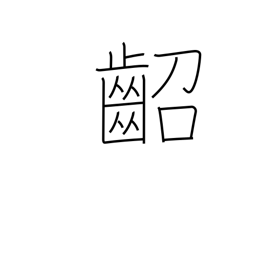
Meaning: young child